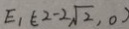
E _ { 1 } ( 2 - 2 \sqrt { 2 } , 0 )